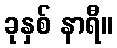
ခုနှစ် နာရီ။